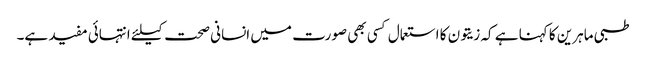
طبی ماہرین کا کہنا ہے کہ زیتون کا استعمال کسی بھی صورت میں انسانی صحت کیلئے انتہائی مفید ہے۔